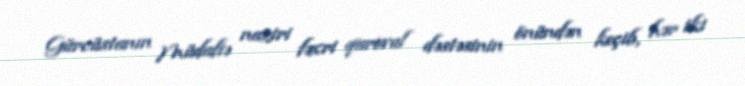
Gürcüstanın Müdafiə naziri fəxri qarovul dəstəsinin önündən keçib, hər iki